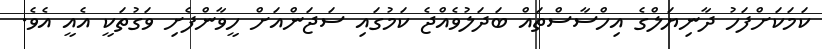
ކަމަކަށްފަހު ދާނިޔަލްގެ އިހްސާސްތައް ބަދަލުވެއްޖެ ކަމުގައި ސަޖަންއަށް ހީވާންފެށި ވަގުތަކީ އެއީ އެވެ.